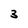
Character: 3